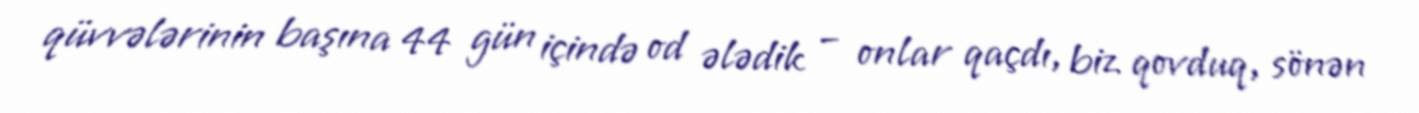
qüvvələrinin başına 44 gün içində od ələdik – onlar qaçdı, biz qovduq, sönən